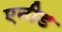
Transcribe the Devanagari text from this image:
एनीड